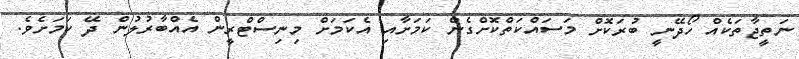
ނަތީޖާތަކެއް ހޯދޭނީ ބުރަކޮށް މަސައްކަތްކޮށްގެން ކަމަށާއި އެކަމަށް މިނިސްޓްރީން އެއްބާރުލުން ދޭ ކަމަށެވެ.